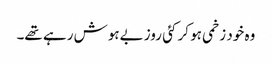
وہ خود زخمی ہو کر کئی روز بےہوش رہے تھے۔